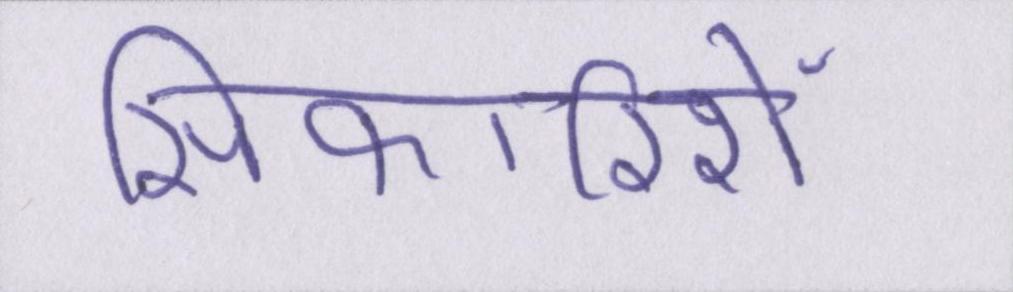
सिफारिशें